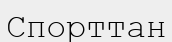
Спорттан